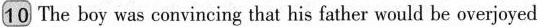
10 The boy was convincing that his father would be overjoyed